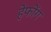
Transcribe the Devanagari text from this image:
हेफोंग